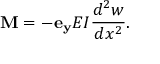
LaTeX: \mathbf { M } = - \mathbf { e _ { y } } E I { \frac { d ^ { 2 } w } { d x ^ { 2 } } } .